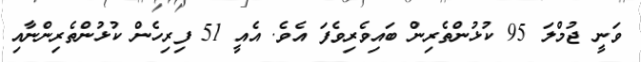
ވަނީ ޖުމްލަ 95 ކުޅުންތެރިން ބައިވެރިވެފަ އެވެ. އެއީ 51 ފިރިހެން ކުޅުންތެރިންނާއި